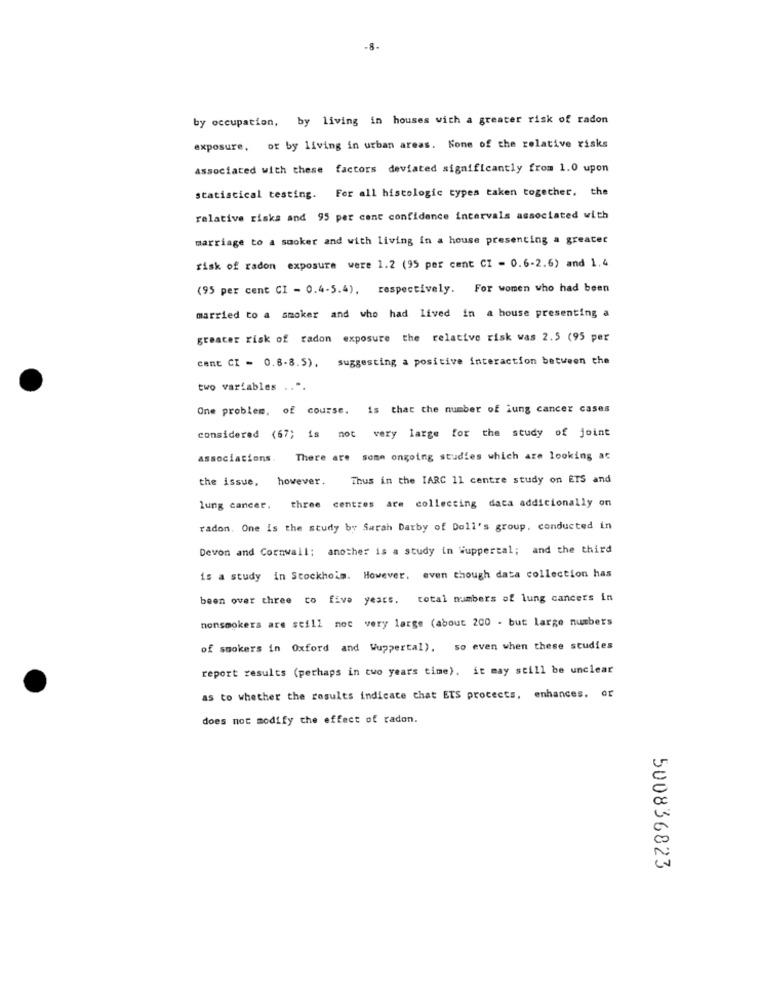
by occupation, by living in houses with a greater risk of radon
exposure, or by living in urban areas. None of the relative risks
Associated with these factors deviated significantly from 1.0 upon
statistical testing. For all histologic types taken together. the
relative risks and 95 per cent confidence intervals associated with
marriage to a smoker and with living in a house presenting a greater
risk of radon exposure were 1.2 (95 per cent CI - 0.6-2.6) and 1.4
(95 per cent CI - 0.4-5.4), respectively. For women who had been
married to a smoker and who had lived in a house presenting a
greater risk of radon exposure the relative risk was 2.5 (95 per
cent CI - 0.8-8.5), suggesting a positive interaction between the
two variables .. ".
One problem, of course.
is that the number of lung cancer cases
considered (67; is not very large for the study of joint
associations. There are some ongoing studies which are looking at
the issue, however. Thus in the IARC 11 centre study on ETS and
lung cancer.
three centres are collecting data additionally on
radon. One is the study by Sarah Darby of Doll's group. conducted in
Devon and Cornwall; another is a study in Wuppertal; and the third
is a study in Stockholm. However, even though data collection has
been over three to five years. total numbers of lung cancers in
nonsmokers are still not very large (about 200 - but large numbers
of smokers in Oxford and Wuppertal), so even when these studies
report results (perhaps in two years time). it may still be unclear
as to whether the results indicate that ETS protects, enhances, or
does not modify the effect of radon.
500836823